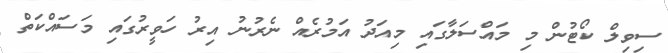
ސިވިލް ކޯޓުން މި މައްސަލާގައި މިއަދު އަމުރެއް ނެރުނު އިރު ހަވީރުގައި މަސައްކަތް